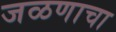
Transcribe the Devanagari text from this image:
जळणाचा